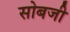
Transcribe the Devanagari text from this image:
सोबजी